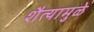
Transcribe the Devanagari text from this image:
शैत्यामुळे